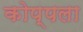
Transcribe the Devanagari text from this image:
कोप्पला